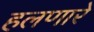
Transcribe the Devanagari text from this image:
हलणारे